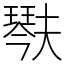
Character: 𤩍